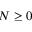
N \geq 0